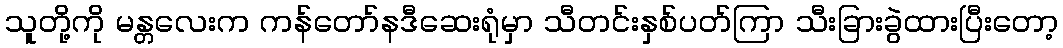
သူတို့ကို မန္တလေးက ကန်တော်နဒီဆေးရုံမှာ သီတင်းနှစ်ပတ်ကြာ သီးခြားခွဲထားပြီးတော့